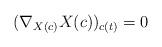
LaTeX: \begin{align*}(\nabla_{X({c})} X({c}))_{c(t)}=0\end{align*}